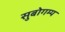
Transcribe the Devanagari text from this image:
सुबोगम्य